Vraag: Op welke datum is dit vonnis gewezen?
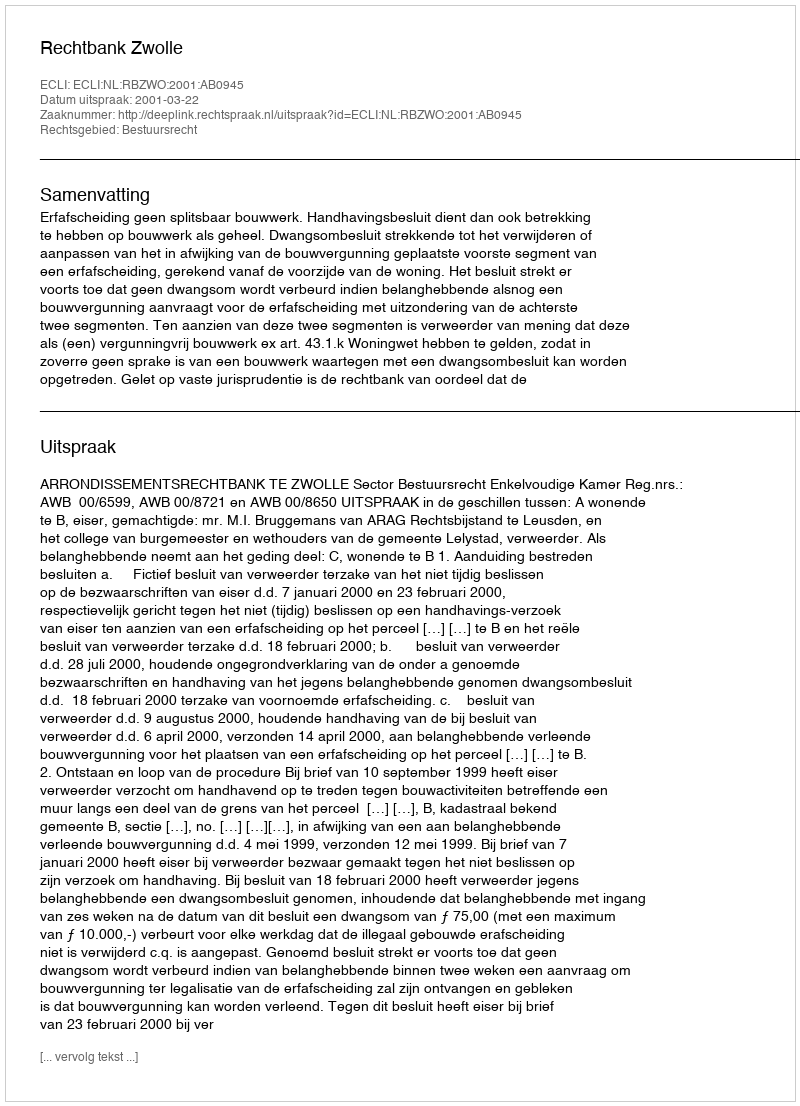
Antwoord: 2001-03-22